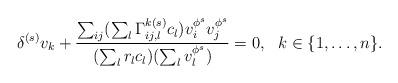
LaTeX: \begin{align*}\delta^{(s)}v_k+\frac{\sum_{ij}(\sum_l \Gamma^{k(s)}_{ij,l}c_l)v_i^{\phi^s}v_j^{\phi^s}}{(\sum_l r_l c_l)(\sum_l v_l^{\phi^s})}=0,\ \ k\in \{1,\ldots,n\}.\end{align*}